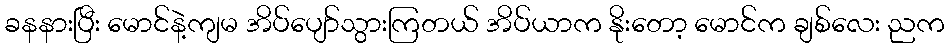
ခနနားပြီး မောင်နဲ့ကျမ အိပ်ပျော်သွားကြတယ် အိပ်ယာက နိုးတော့ မောင်က ချစ်လေး ညက